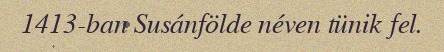
1413-ban Susánfölde néven tünik fel.